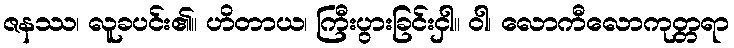
ဇနဿ၊ လူခပင်း၏။ ဟိတာယ၊ ကြီးပွားခြင်းငှါ။ ဝါ၊ လောကီလောကုတ္တရာ